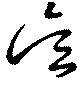
呉